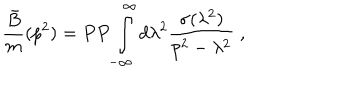
{ \frac { \bar { B } } { m } } ( p ^ { 2 } ) = P P \int _ { - \infty } ^ { \infty } d \lambda ^ { 2 } { \frac { \sigma ( \lambda ^ { 2 } ) } { p ^ { 2 } - \lambda ^ { 2 } } } \; ,